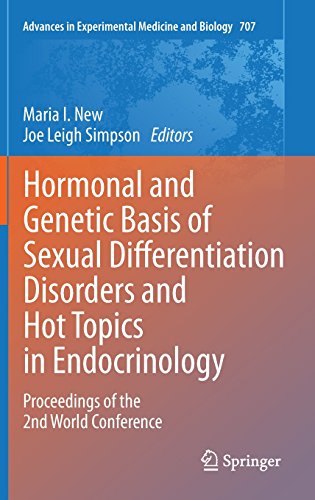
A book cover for Hormonal and Genetic Basis of Sexual Differentiation Disorders and Hot Topics in Endocrinology: Proceedings of the 2nd World Conference (Advances in Experimental Medicine and Biology); Health, Fitness & Dieting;